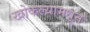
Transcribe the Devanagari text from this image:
खोकल्यामधून